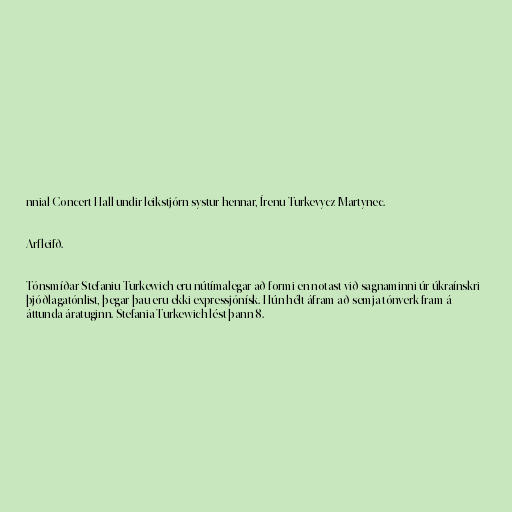
nnial Concert Hall undir leikstjórn systur hennar, Írenu Turkevycz-Martynec.

Arfleifð.

Tónsmíðar Stefaniu Turkewich eru nútímalegar að formi en notast við sagnaminni úr úkraínskri
þjóðlagatónlist, þegar þau eru ekki expressjónísk. Hún hélt áfram að semja tónverk fram á
áttunda áratuginn. Stefania Turkewich lést þann 8.